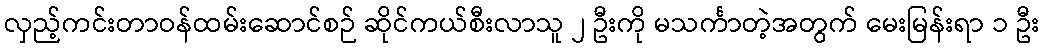
လှည့်ကင်းတာဝန်ထမ်းဆောင်စဉ် ဆိုင်ကယ်စီးလာသူ ၂ ဦးကို မသင်္ကာတဲ့အတွက် မေးမြန်းရာ ၁ ဦး